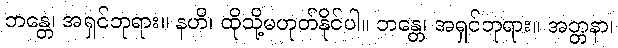
ဘန္တေ၊ အရှင်ဘုရား။ နဟိ၊ ထိုသို့မဟုတ်နိုင်ပါ။ ဘန္တေ၊ အရှင်ဘုရား။ အတ္တနာ၊